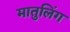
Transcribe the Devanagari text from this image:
मातुलिंग